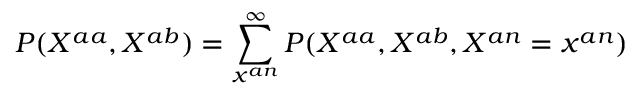
P ( X ^ { a a } , X ^ { a b } ) = \sum _ { x ^ { a n } } ^ { \infty } P ( X ^ { a a } , X ^ { a b } , X ^ { a n } = x ^ { a n } )